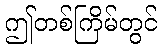
ဤတစ်ကြိမ်တွင်